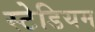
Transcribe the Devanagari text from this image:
स्‍टेडियम